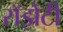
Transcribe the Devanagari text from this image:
रॉझेटी